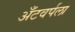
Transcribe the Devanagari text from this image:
अँटवर्पला